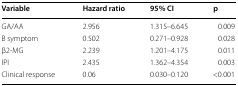
| Variable | Hazard ratio | 95% CI | p |
 | --- | --- | --- | --- |
 | GA/AA | 2.956 | 1.315–6.645 | 0.009 |
 | B symptom | 0.502 | 0.271–0.928 | 0.028 |
 | β2-MG | 2.239 | 1.201–4.175 | 0.011 |
 | IPI | 2.435 | 1.362–4.354 | 0.003 |
 | Clinical response | 0.06 | 0.030–0.120 | <0.001 |